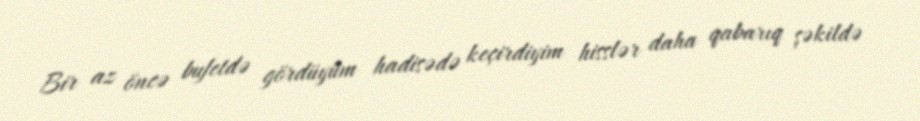
Bir az öncə bufetdə gördüyüm hadisədə keçirdiyim hisslər daha qabarıq şəkildə